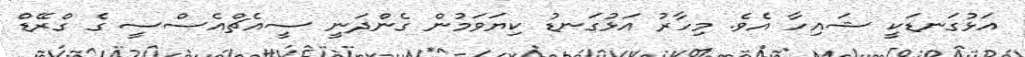
އަޅުގަނޑަކީ ޝައިހާ އެވެ. މިހާރު އަޅުގަނޑު ކިޔަވަމުން ގެންދަނީ ސީއެޗްއެސްސީ ގެ ގްރޭޑް